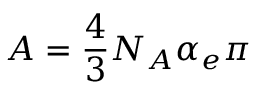
A = \frac { 4 } { 3 } N _ { A } \alpha _ { e } \pi